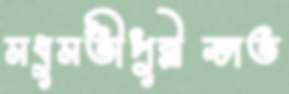
মধুমতীপুরীভাত